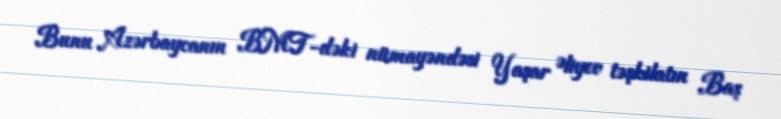
Bunu Azərbaycanın BMT-dəki nümayəndəsi Yaşar Əliyev təşkilatın Baş